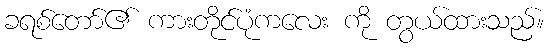
ခရစ်တော်၏ ကားတိုင်ပုံကလေး ကို တွယ်ထားသည်။